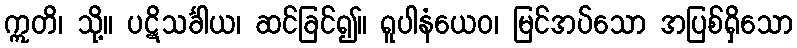
ဣတိ၊ သို့။ ပဋိသင်္ခါယ၊ ဆင်ခြင်၍။ ရူပါနံယေဝ၊ မြင်အပ်သော အပြစ်ရှိသော